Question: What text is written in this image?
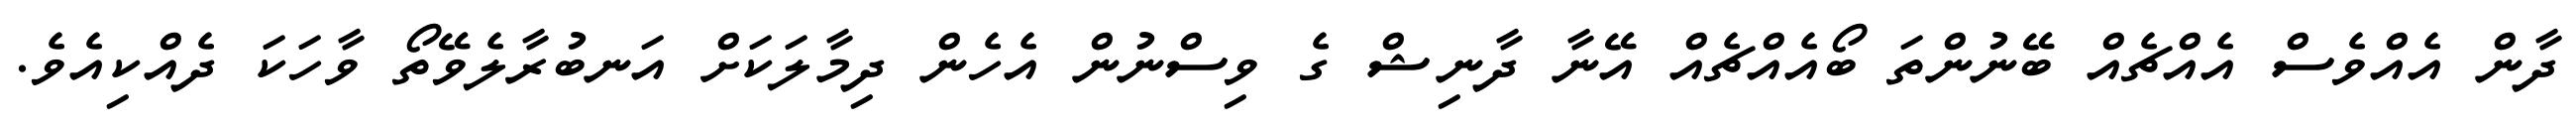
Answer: ދާން އެއްވެސް އެއްޗެއް ބޭނުންތަ ބޯއެއްޗެއް އޭނާ ދާނިޝް ގެ ވިސްނުން އެހެން ދިމާލަކަށް އަނބުރާލެވޭތޯ ވާހަކަ ދެއްކިއެވެ.